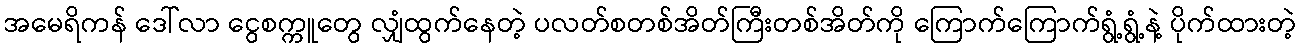
အမေရိကန် ဒေါ်လာ ငွေစက္ကူတွေ လျှံထွက်နေတဲ့ ပလတ်စတစ်အိတ်ကြီးတစ်အိတ်ကို ကြောက်ကြောက်ရွံ့ရွံ့နဲ့ ပိုက်ထားတဲ့